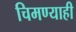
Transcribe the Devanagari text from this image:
चिमण्याही